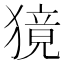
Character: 獍